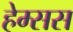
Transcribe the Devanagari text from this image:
हेम्सस